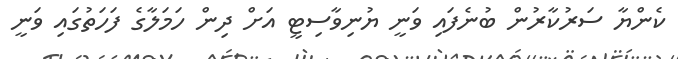
ކެންޔާ ސަރުކާރުން ބުނެފައި ވަނީ ޔުނިވާސިޓީ އަށް ދިން ހަމަލާގެ ފަހަތުގައި ވަނީ